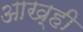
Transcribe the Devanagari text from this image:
आख्ही